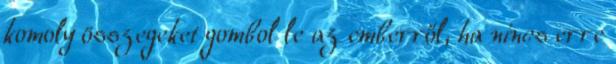
komoly összegeket gombol le az emberről, ha nincs erre